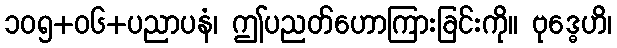
၁၀၅+၀၆+ပညာပနံ၊ ဤပညတ်ဟောကြားခြင်းကို။ ဗုဒ္ဓေဟိ၊